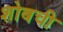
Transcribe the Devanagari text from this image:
शोबची